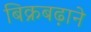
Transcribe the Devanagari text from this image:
बिक्रबढ़ाने